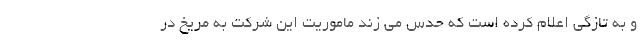
و به تازگی اعلام کرده است که حدس می زند ماموریت این شرکت به مریخ در